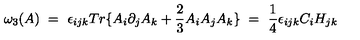
\omega _ { 3 } ( A ) \ = \ \epsilon _ { i j k } T r \{ A _ { i } \partial _ { j } A _ { k } + \frac { 2 } { 3 } A _ { i } A _ { j } A _ { k } \} \ = \ \frac { 1 } { 4 } \epsilon _ { i j k } C _ { i } H _ { j k }